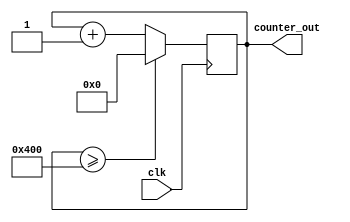
// -------------------------------------------------------------
// 
// 
// Generated by MATLAB 9.11 and HDL Coder 3.19
// 
// 
// -- -------------------------------------------------------------
// -- Rate and Clocking Details
// -- -------------------------------------------------------------
// Model base rate: 0.001
// Target subsystem base rate: 0.001
// 
// -------------------------------------------------------------


// -------------------------------------------------------------
// 
// Module: Counter_SUB
// Source Path: counter/Counter_SUB
// Hierarchy Level: 0
// 
// -------------------------------------------------------------

`timescale 1 ns / 1 ns

module Counter_SUB
          (clk,
           counter_out);


  input   clk;
  output  [15:0] counter_out;  // uint16


  reg [15:0] Counter_Limited_out1;  // uint16

  initial begin
    Counter_Limited_out1 = 16'b0000000000000000;
  end

  // Count limited, Unsigned Counter
  //  initial value   = 0
  //  step value      = 1
  //  count to value  = 1024
  always @(posedge clk)
    begin : Counter_Limited_process
      if (Counter_Limited_out1 >= 16'b0000010000000000) begin
        Counter_Limited_out1 <= 16'b0000000000000000;
      end
      else begin
        Counter_Limited_out1 <= Counter_Limited_out1 + 16'b0000000000000001;
      end
    end


  assign counter_out = Counter_Limited_out1;

endmodule  // Counter_SUB